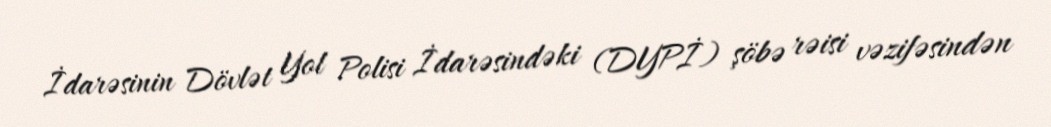
İdarəsinin Dövlət Yol Polisi İdarəsindəki (DYPİ) şöbə rəisi vəzifəsindən